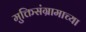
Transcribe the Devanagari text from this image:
मुक्तिसंग्रामाच्या